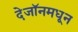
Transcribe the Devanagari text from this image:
देजॉनमधून